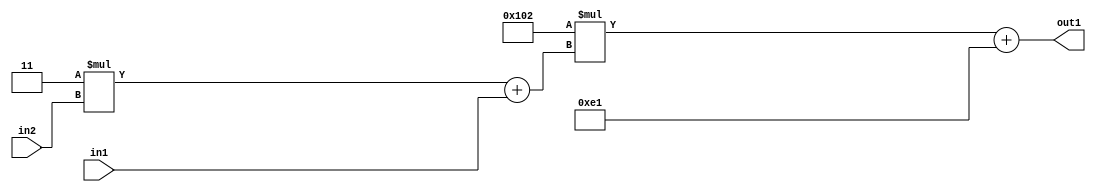
`timescale 1ps / 1ps
/*****************************************************************************
    Verilog RTL Description
    
    
    Created by: Stratus DpOpt 2019.1.01 
*******************************************************************************/

module DC_Filter_Add2i225Mul2i258Add2u1Mul2i3u2_4 (
	in2,
	in1,
	out1
	); /* architecture "behavioural" */ 
input [1:0] in2;
input  in1;
output [11:0] out1;
wire [11:0] asc001;
wire [3:0] asc002;

wire [3:0] asc002_tmp_0;
assign asc002_tmp_0 = 
	+(4'B0011 * in2);
assign asc002 = asc002_tmp_0
	+(in1);

wire [11:0] asc001_tmp_1;
assign asc001_tmp_1 = 
	+(12'B000100000010 * asc002);
assign asc001 = asc001_tmp_1
	+(12'B000011100001);

assign out1 = asc001;
endmodule

/* CADENCE  v7X3Swo= : u9/ySgnWtBlWxVPRXgAZ4Og= ** DO NOT EDIT THIS LINE ******/